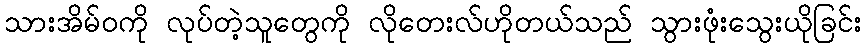
သားအိမ်ဝကို လုပ်တဲ့သူတွေကို လိုတေးလ်ဟိုတယ်သည် သွားဖုံးသွေးယိုခြင်း